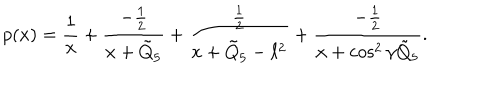
p ( x ) = { \frac { 1 } { x } } + { \frac { - { \frac { 1 } { 2 } } } { x + \tilde { Q } _ { 5 } } } + { \frac { \frac { 1 } { 2 } } { x + \tilde { Q } _ { 5 } - \ell ^ { 2 } } } + { \frac { - { \frac { 1 } { 2 } } } { x + \cos ^ { 2 } \gamma \tilde { Q } _ { 5 } } } .